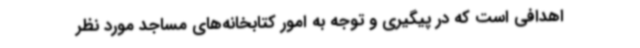
اهدافی است که در پیگیری و توجه به امور کتابخانه‌های مساجد مورد نظر